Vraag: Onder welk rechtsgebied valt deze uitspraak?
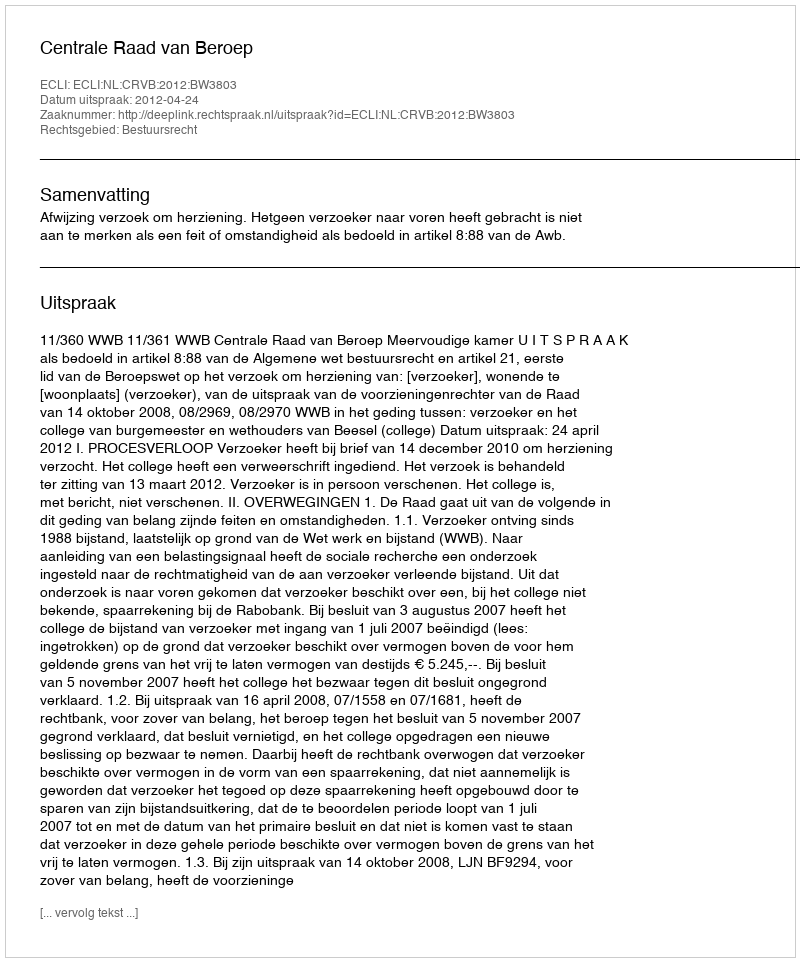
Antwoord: Bestuursrecht